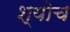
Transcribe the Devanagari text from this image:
श्योच